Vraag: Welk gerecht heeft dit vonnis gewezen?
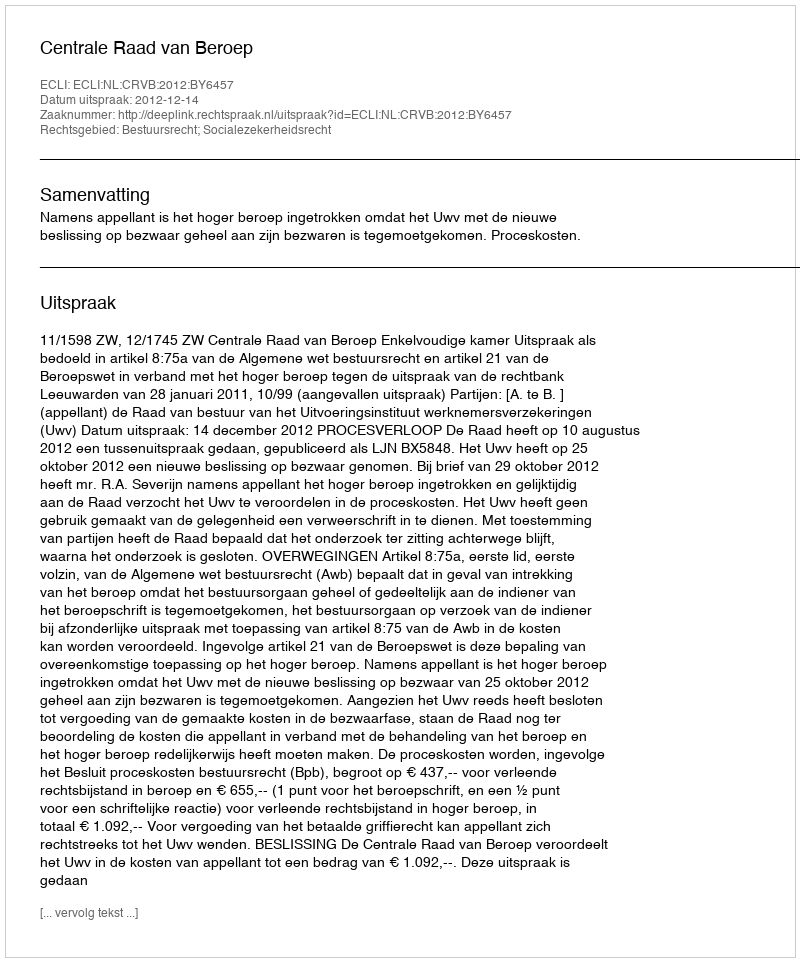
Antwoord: Centrale Raad van Beroep